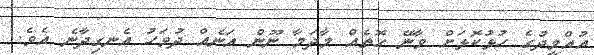
އުއްމީދުގެ ހުޅުކޮޅަށް ވާނޭ ގޮތެއް މާދަމާ ނޫން އަނެއް ދުވަހު އެނގިދާނެ އެވެ.